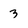
Character: 3